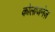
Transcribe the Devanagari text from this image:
कोलाजनेज़